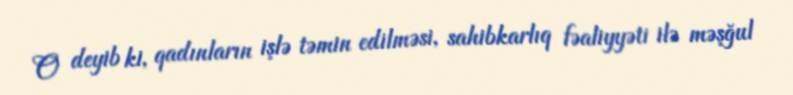
O deyib ki, qadınların işlə təmin edilməsi, sahibkarlıq fəaliyyəti ilə məşğul